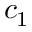
c _ { 1 }